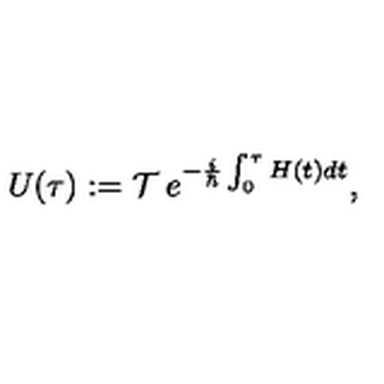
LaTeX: U ( \tau ) : = { \cal T } \: e ^ { - \frac { i } { \hbar } \int _ { 0 } ^ { \tau } H ( t ) d t } ,